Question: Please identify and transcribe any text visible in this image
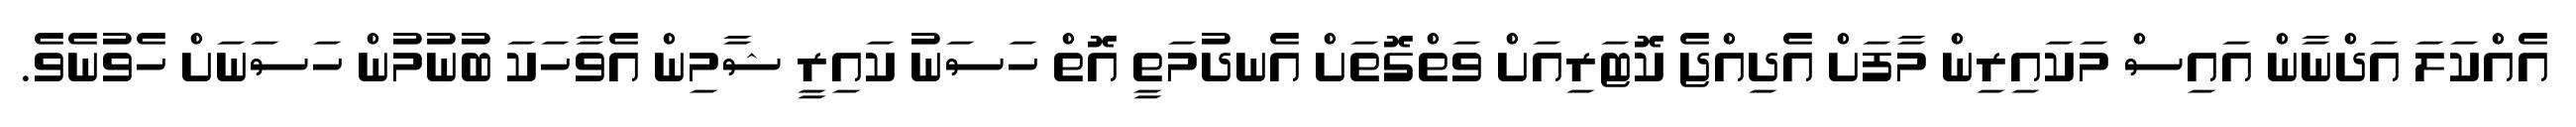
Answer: އެއްކަލަ އަދްނާން އައިސް މަކައިރިން މާފަށް އެދިއްޖެ ކޮޓަރިއަށް ވަތްގޮތަށް އެނދުމަތީ އޮތް ހަސަނު ކައިރީ ޝާމިން އެވާހަކަ ބުނުމުން ހަސަނަށް ހެވުނެވެ.